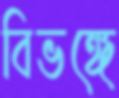
বিভঙ্গে